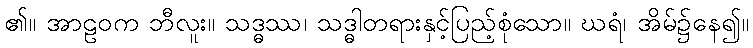
၏။ အာဠဝက ဘီလူး။ သဒ္ဓဿ၊ သဒ္ဓါတရားနှင့်ပြည့်စုံသော။ ဃရံ၊ အိမ်၌နေ၍။